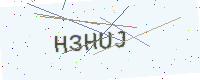
Text: H3HUJ